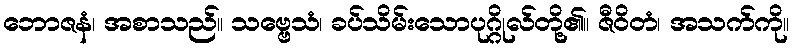
ဘောဇနံ၊ အစာသည်။ သဗ္ဗေသံ၊ ခပ်သိမ်းသောပုဂ္ဂိုလ်တို့၏။ ဇီဝိတံ၊ အသက်ကို။